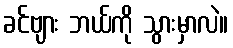
ခင်ဗျား ဘယ်ကို သွားမှာလဲ။